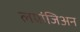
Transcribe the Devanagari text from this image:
लग्रांजिअन